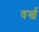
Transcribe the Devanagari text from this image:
वर्ख